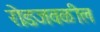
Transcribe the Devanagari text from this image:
रोडजवळील